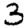
Digit: 3